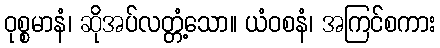
ဝုစ္စမာနံ၊ ဆိုအပ်လတ္တံ့သော။ ယံဝစနံ၊ အကြင်စကား